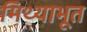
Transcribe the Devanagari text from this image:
मिथ्याभूत